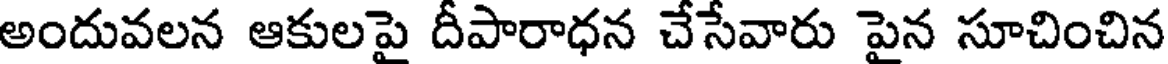
అందువలన ఆకులపై దీపారాధన చేసేవారు పైన సూచించిన